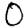
Digit: 0